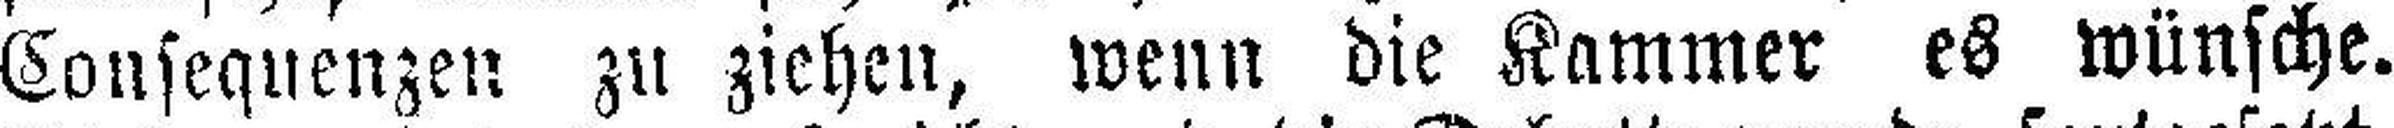
Consequenzen zu ziehen, wenn die Kammer es wünsche.